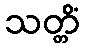
သတ္တိံ